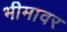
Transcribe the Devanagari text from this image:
भीमावर